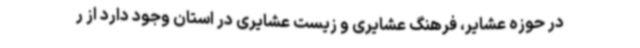
در حوزه عشایر، فرهنگ عشایری و زیست عشایری در استان وجود دارد از ر